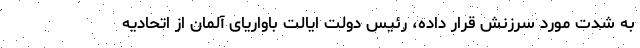
به شدت مورد سرزنش قرار داده، رئیس دولت ایالت باواریای آلمان از اتحادیه